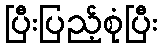
ပြီးပြည့်စုံပြီး